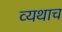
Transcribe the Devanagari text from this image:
व्यथाच